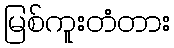
မြစ်ကူးတံတား